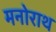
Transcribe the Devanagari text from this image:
मनोराथ